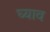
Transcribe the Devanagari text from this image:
घ्याव